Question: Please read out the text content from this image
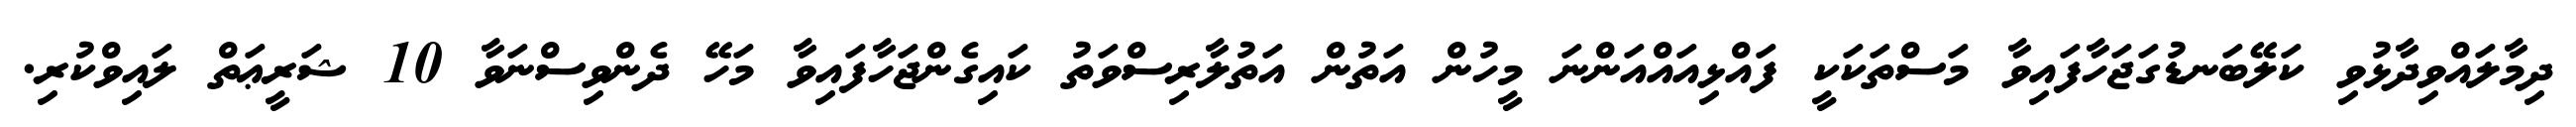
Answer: ދިމާލައްވިދާޅުވި ކަލޭބަނޑުގަޖަހާފައިވާ މަސްތަކަކީ ފައްޅިއައްއަންނަ މީހުން އަތުން އަތުލާރިސްވަތު ކައިގެންޖަހާފައިވާ މަހޭ ދެންވިސްނަވާ 10 ޝަރީޢަތް ލައިވްކުރި.